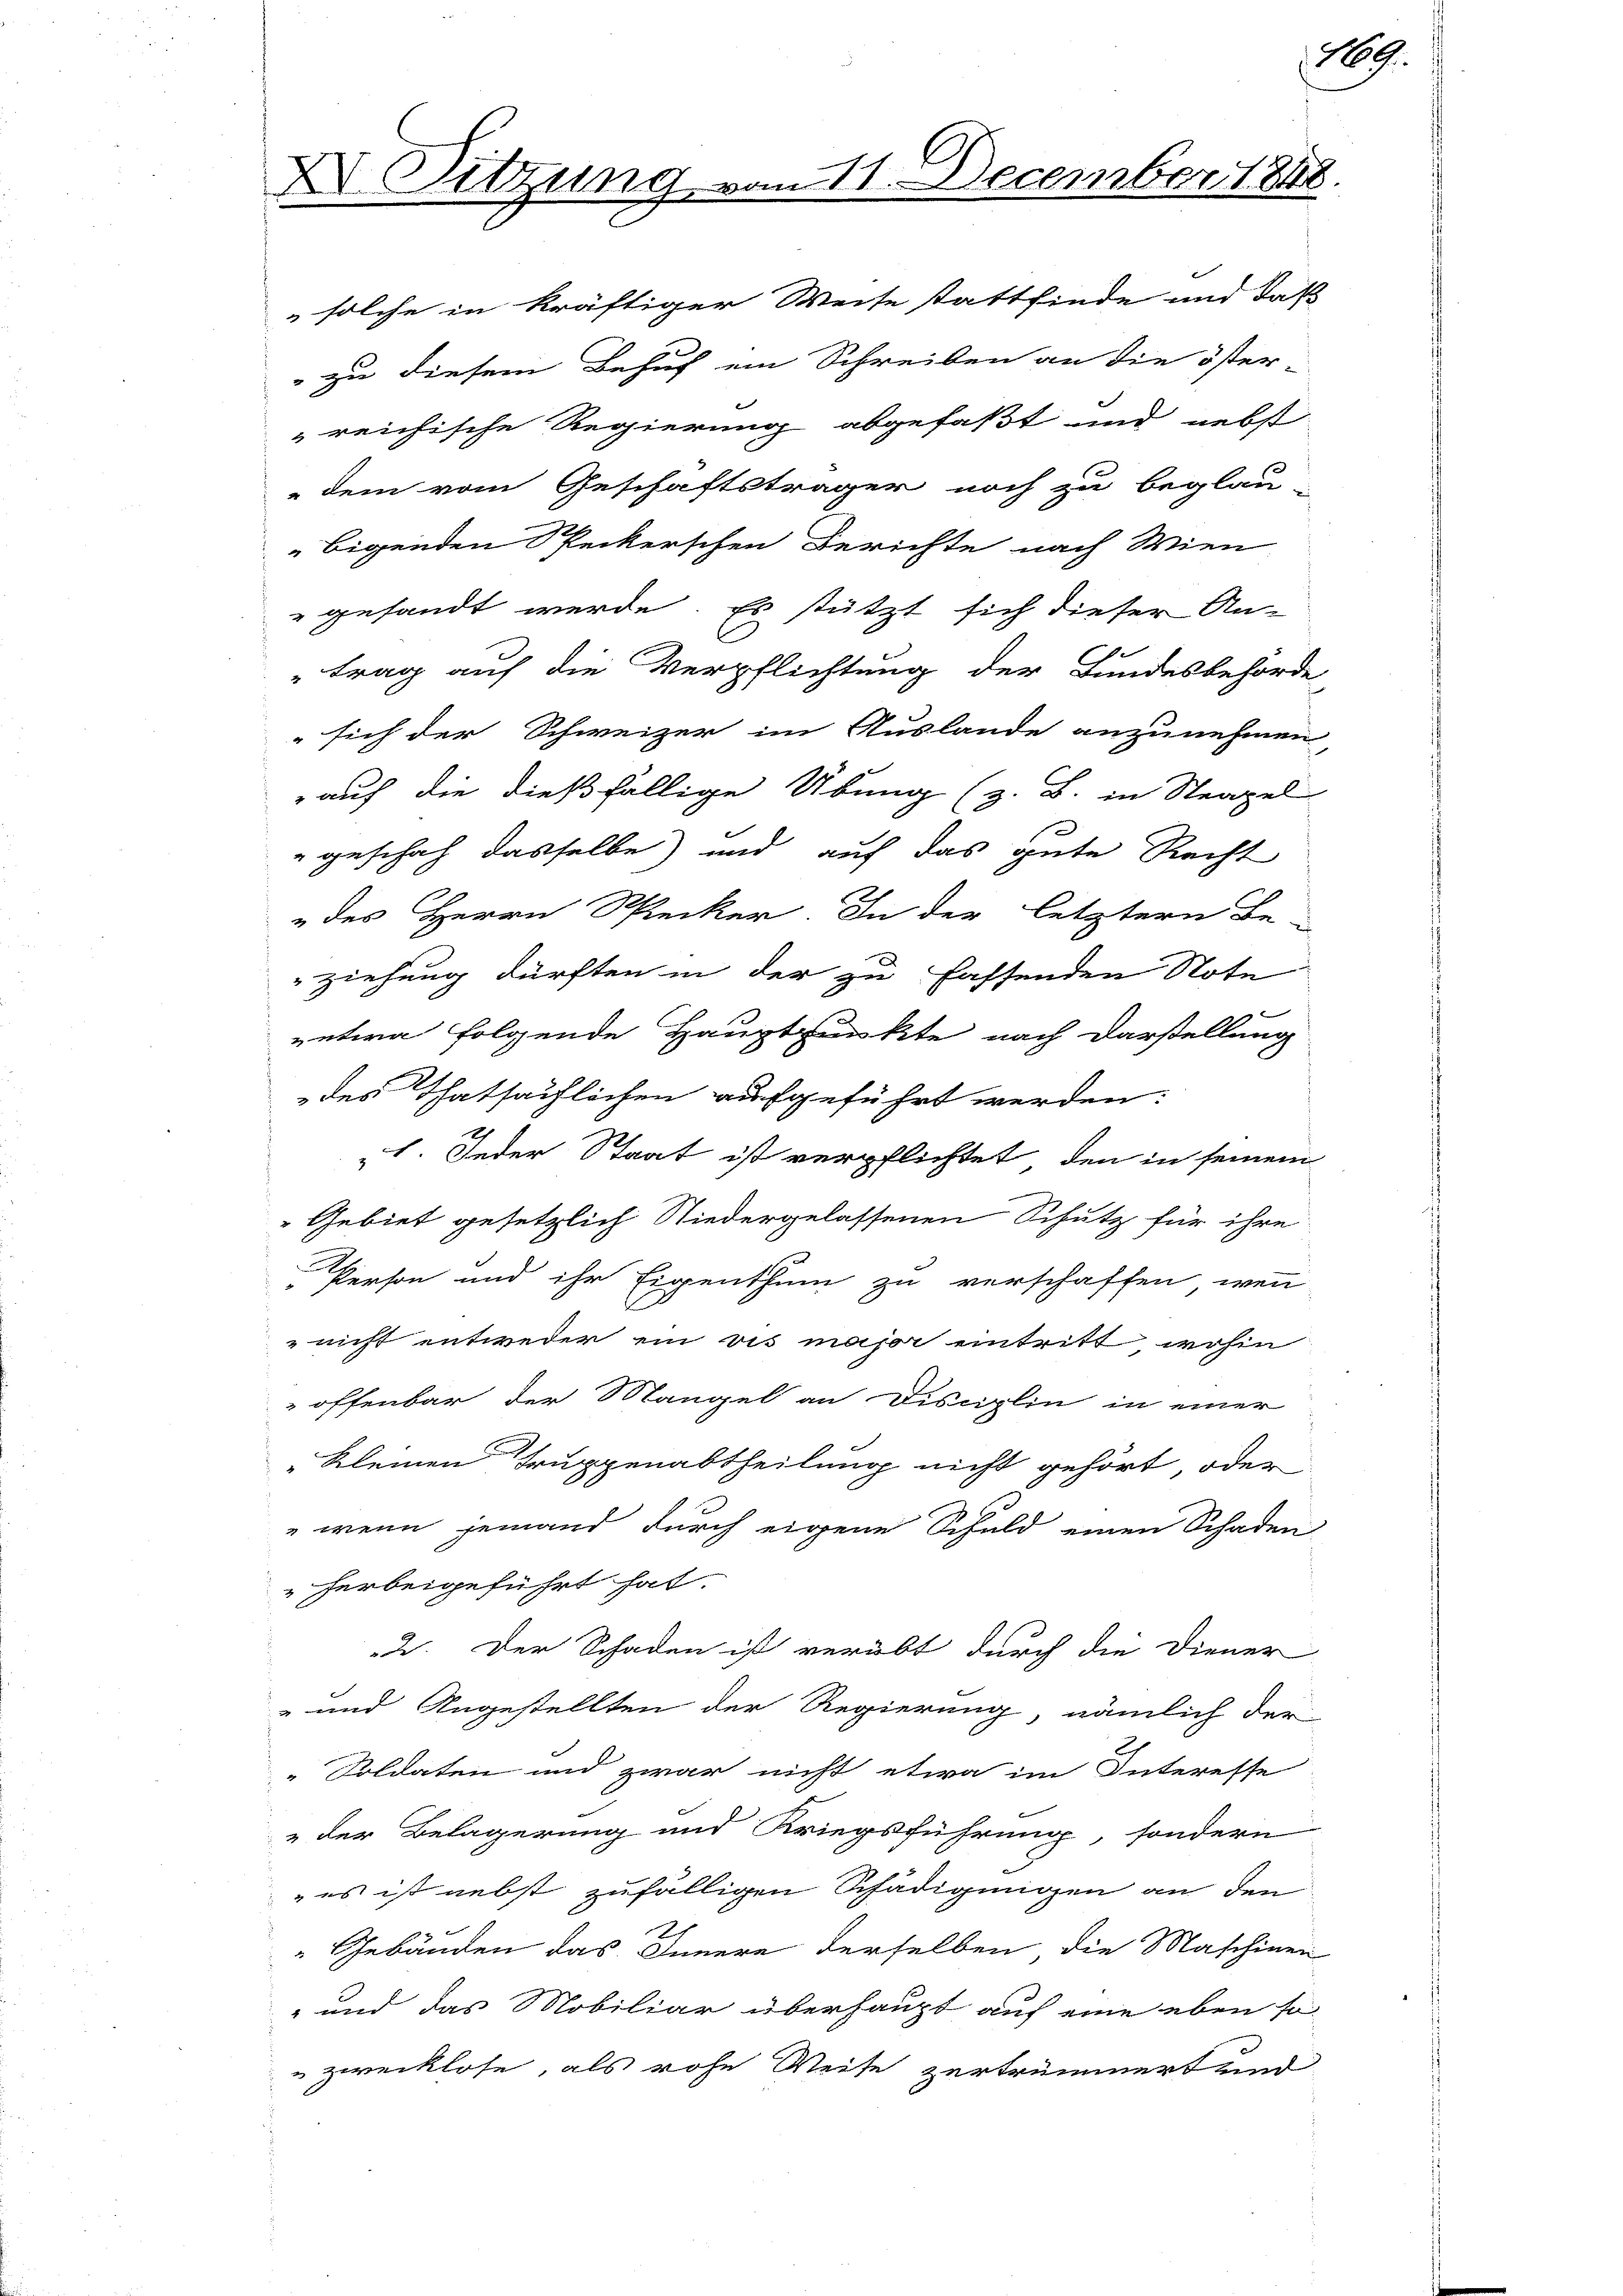
X Sitzung

11. December 1848

solche in kräftiger Weise stattfinde und daß
" zu diesem Behuf ein Schreiben an die öster-
reichische Regierung abgefaßt und nebst
dem vom Geschäftsträger noch zu beglau-
bigenden Speckerschen Berichte nach Wien
gesandt werde. Es stützt sich dieser An-
trag auf die Verpflichtung der Bundesbehörde
" sich der Schweizer im Auslande anzunehmen,
auf die dießfällige Übung (z. B. in Strapel
" geschah dasselbe und auf das gute Recht
des Herrn Specker. In der letztern Be-
ziehung dürften in der zu fassenden Note
eetwa folgende Hauptpunkte nach Darstellung
des Thatsächlichen aufgeführt werden:
E
1. Jeder Staat ist verpflichtet, den in seinem
Gebiet gesetzlich Niedergelassenen Schutz für ihre
Person und ihr Eigenthum zu verschaffen, wenn
 nicht entweder ein vis major eintritt, wohin
 offenbar der Mangel an Disciplin in einer
Kleinen Truppenabtheilung nicht gehört oder
" wenn jemand durch eigene Schuld einen Schaden
herbeigeführt hat.
2. Der Schaden ist verübt durch die Diener
- und Angestellten der Regierung, nämlich der
Soldaten und zwar nicht etwa im Interesse
„der Belagerung und Kriegsführung, sondern
 es ist nebst zufälligen Schädigungen an den
Gebäuden das Innere derselben die Maschinen
 und das Mobiliar überhaupt auf eine eben so
zwecklose, als rohe Weise zertrümmert und

19.